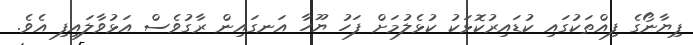
ޕިޔާނޯގެ ފިއްތަކުގައި ކުޑައިރުކޮޅަކު ކުޅެލުމަށް ފަހު ޔޫހާ އަނގައިން ރާގުވެސް އަޅުވާލައިފި އެވެ.